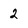
Character: 2